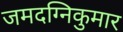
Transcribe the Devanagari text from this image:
जमदग्निकुमार